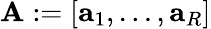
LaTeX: \mathbf{A}:=[\mathbf{{a}}_{1},\dots,\mathbf{{a}}_{R}]